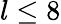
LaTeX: l\leq 8